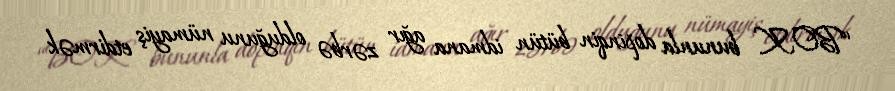
“BOK bununla dopinqin bütün idmana ağır zərbə olduğunu nümayiş etdirmək